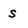
Character: s